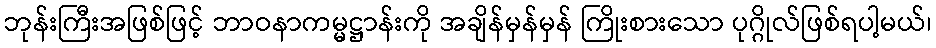
ဘုန်းကြီးအဖြစ်ဖြင့် ဘာဝနာကမ္မဋ္ဌာန်းကို အချိန်မှန်မှန် ကြိုးစားသော ပုဂ္ဂိုလ်ဖြစ်ရပါ့မယ်၊